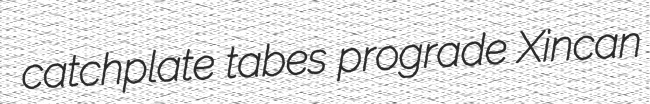
catchplate tabes prograde Xincan